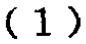
$(1)$